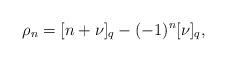
LaTeX: \begin{align*} \rho_n=[n+\nu]_{q}-(-1)^{n}[\nu]_{q},\end{align*}